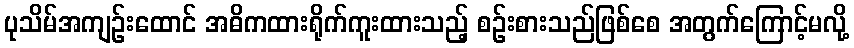
ပုသိမ်အကျဉ်းထောင် အဓိကထားရိုက်ကူးထားသည့် စဉ်းစားသည်ဖြစ်စေ အတွက်ကြောင့်မလို့